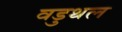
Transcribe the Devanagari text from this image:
वडुथल